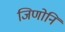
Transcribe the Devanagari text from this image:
जिणोनि